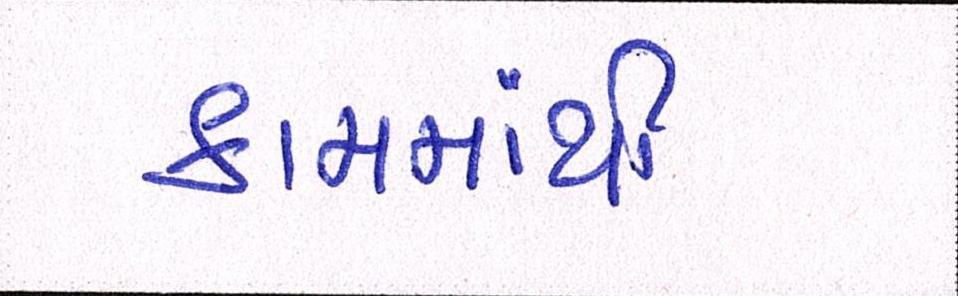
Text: કામમાંથી